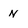
Character: N